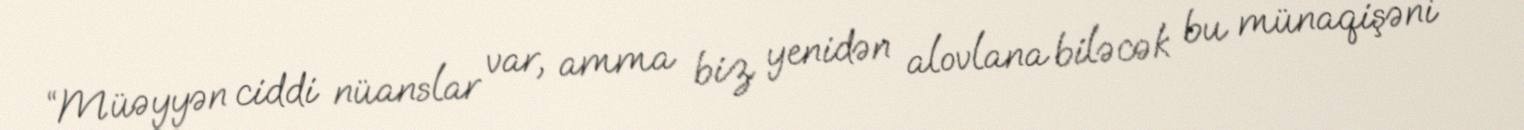
“Müəyyən ciddi nüanslar var, amma biz yenidən alovlana biləcək bu münaqişəni